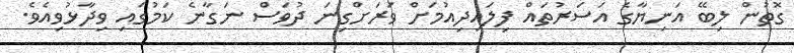
ގޮތުން ލިބޭ އަނިޔާގެ އަސަރުތައް ފިލައިދިއުމަށް ވަރަށްގިނަ ދުވަސް ނަގާނެ ކަމުގައި ވިދާޅުވިއެވެ.